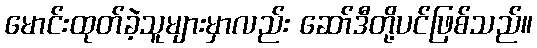
မောင်းထုတ်ခဲ့သူများမှာလည်း ဆော်ဒီတို့ပင်ဖြစ်သည်။